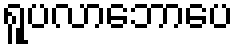
ရူပလာဘောပေ